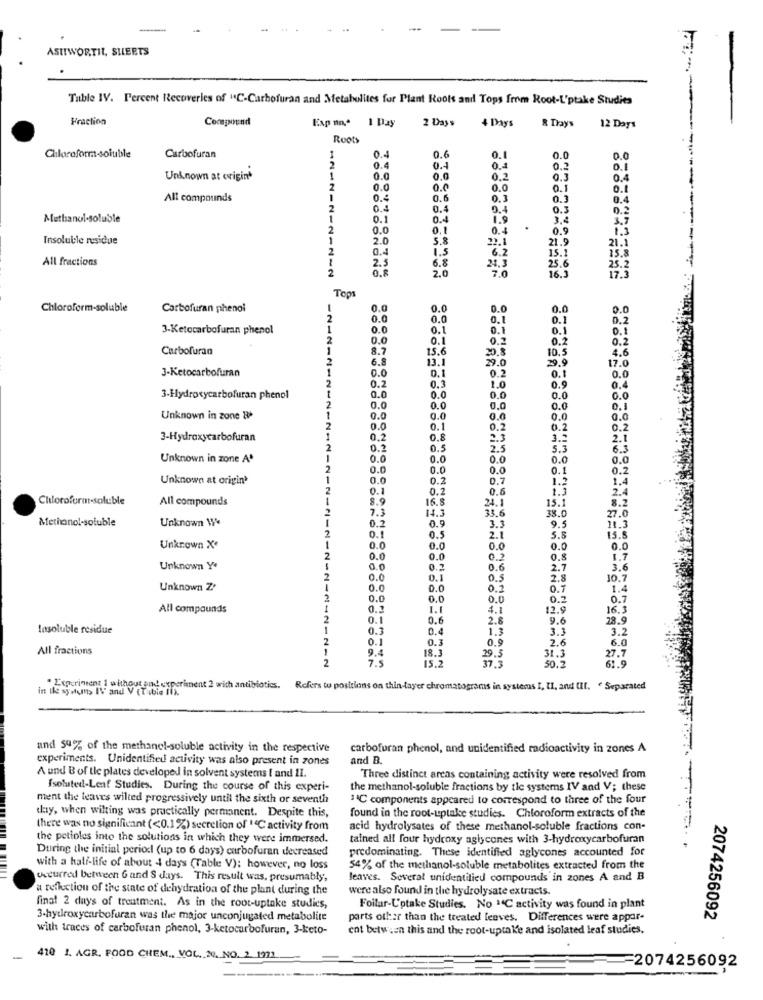
ASITWORTIL, SHEETS
Table IV. Percent Recoveries of "C-Carbofuran and Metabolites for Plant Roots and Tops from Root-L'ptake Studies
Fraction
Compound
Exp un.ª
2 Days
4 Days
& Trays
12 Days
1 Day
Roots
0.4
0.6
Chloroform-soluble
Carbofuran
2
0.1
0.0
0.0
0.4
0.4
0.4
0.2
0.
Unknown at origin*
1
0.0
0.0
0.2
0.3
0.4
2
0.0
0.0
0.0
0.1
0.1
All compounds
1
0.
0.6
0.3
0.3
0.4
2
0.4
0.4
0.4
0.3
0.2
Methanol-soluble
1
0.1
0.4
1.9
3.4
3.7
------------
2
0.0
0.1
0.4
0.9
Insoluble residue
1
2.0
5.8
22.1
21.9
21.1
2
0.4
1.5
6.2
All fractions
2.5
6.8
25.6
15.1
15.8
0.8
2.0
24.3
7.0
16.3
25.2
17.3
Tops
Chloroform-soluble
Carbofuran phenol
0.0
0.0
0.0
0.0
0.0
0.0
0.0
0.1
0.1
0.2
3-Ketocarbofuran phenol
0.0
0.1
0.1
0.1
0.1
0.0
0.1
0.2
0.2
0.2
Carbofuran
8.7
15.6
9.8
10.5
4.6
6.8
13.1
9.0
29.9
17.0
3-Ketocarbofuran
0.0
0.2
0.3
0.1
0.0
1
0.0
0.0
1.0
0.9
0.4
3-Hydroxycarbofuran phenol
2
0.0
0.0
0.0
0.0
0.0
0.0
0.0
0.1
Unknown in zone &
1
0.0
0.0
0.0
0.0
0.0
2
0.0
0.1
0.2
0.2
0.2
3-Hydroxycarbofuran
1
0.2
0.8
2.3
3.2
2.1
2
0.2
2.5
5.3
6.3
Unknown in zone A'
1
0.0
0.0
0.0
0.0
0.0
2
0.0
0.0
0.0
0.1
0.2
Unknown at origin>
1
0.0
0.2
0.7
1.2
1.4
2
0.2
0.6
2.4
Chloroform-soluble
All compounds
1
16.8
8.2
2
7.3
14.3
24.1
33.6
15.1
38.0
27.0
Methanol-soluble
Unknown \'
0.2
0.9
3.3
2
0.1
9.5
11.3
0.5
2.1
5.8
15.5
Unknown X*
0.0
0.0
0.0
0.0
0.0
2
0.0
0.0
0.8
1.7
Unknown Ye
0.0
0.2
0.6
2.7
3.6
2
0.0
0.5
2.8
10.7
Unknown Z?
1
0.0
0.0
0.7
1.4
2
0.0
0.0
0.0
0.2
0.7
All compounds
0.1
I.I
4.1
12.9
16.3
2
0.1
0.6
2.8
9.6
28.9
Insoluble residue
1
0.3
0.4
1.3
3.3
3.2
2
0.1
0.
0.9
2.6
6.0
All fractions
1
9.4
18.3
29.5
31.3
27.7
2
7.5
15.2
37.3
50.2
61.9
in the systums IV and V (Table Ti).
" Experiment ! without and experiment 2 with antibiotics.
Refers to positions on thin-layer chromatograms in systems I, II, and III. " Separated
and 54% of the methanol-soluble activity in the respective
carbofuran phenol, and unidentified radioactivity in zones A
experiments. Unidentified activity was also present in zones
and B.
A und B of tle plates developed in solvent systems I and II.
Three distinct areas containing activity were resolved from
Isoluted-Leaf Studies. During the course of this experi-
the methanol-soluble fractions by tle systems IV and V; these
ment the leaves wilted progressively until the sixth or seventh
"C components appeared to correspond to three of the four
day, when wilting was practically permanent. Despite this,
found in the root-uptake studies. Chloroform extracts of the
there was no significant (<0.1%) secretion of "C activity from
acid hydrolysates of these methanol-soluble fractions con-
the petioles inte the solutions in which they were immersed.
tained all four hydroxy aglycones with 3-hydroxycarbofuran
During the initial period (up to 6 days) carbofuran decreased
predominating. These identified aglycones accounted for
with a half-life of about 4 days (Table V); however, no loss
54% of the methanol-soluble metabolites extracted from the
wecurred between 6 and S days. This result was, presumably,
leaves. Several unidentilied compounds in zones A and B
a reflection of the state of dehydration of the plant during the
were also found in the hydrolysate extracts.
final 2 days of treatment. As in the root-uptake studies,
Foilar-L'otake Studies. No 14C activity was found in plant
3-hydroxycarbofuran was the major unconjugated metabolite
parts other than the treated leaves. Differences were appar-
2074256092
with traces of carbofuran phenol, 3-ketocarbofuran, 3-keto-
ent between this and the root-uptake and isolated leaf studies.
410 1. AGR. FOOD CHEM ., VOL. N. NO. 2. 1972
=2074256092